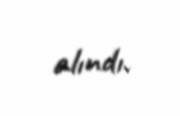
alındı.